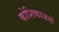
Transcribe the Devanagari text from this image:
कोशिकाजनों